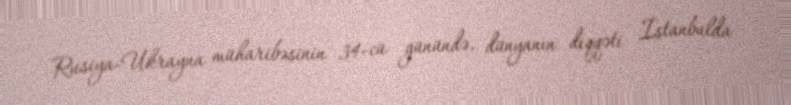
Rusiya-Ukrayna müharibəsinin 34-cü günündə, dünyanın diqqəti İstanbulda